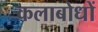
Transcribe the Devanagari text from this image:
कलाबोधों